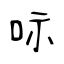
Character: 呩